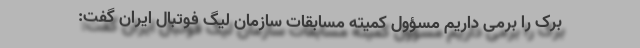
برک را برمی داریم مسؤول کمیته مسابقات سازمان لیگ فوتبال ایران گفت: